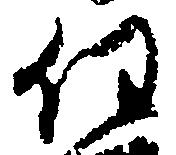
任